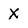
Character: X